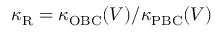
\kappa _ { \mathrm { R } } = \kappa _ { \mathrm { O B C } } ( V ) / \kappa _ { \mathrm { P B C } } ( V )